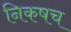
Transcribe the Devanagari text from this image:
निकषच